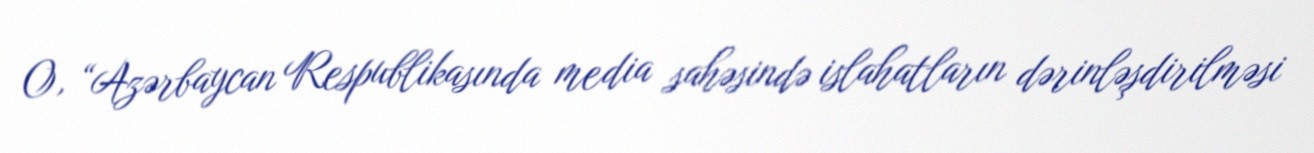
O, “Azərbaycan Respublikasında media sahəsində islahatların dərinləşdirilməsi